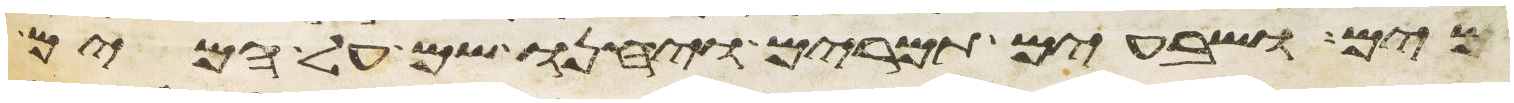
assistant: מים ושבעים תמרים ויחנו שם על המים